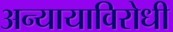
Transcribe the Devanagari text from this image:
अन्यायाविरोधी